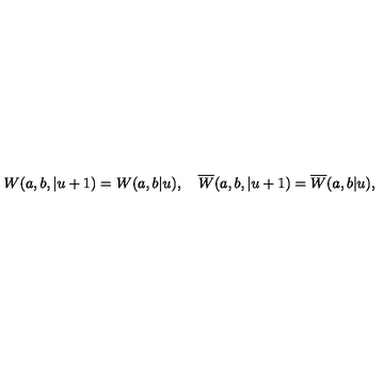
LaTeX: W ( a , b , | u + 1 ) = W ( a , b | u ) , \quad \overline { { W } } ( a , b , | u + 1 ) = \overline { { W } } ( a , b | u ) ,